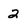
Character: 2